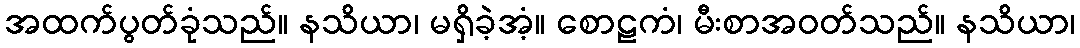
အထက်ပွတ်ခုံသည်။ နသိယာ၊ မရှိခဲ့အံ့။ စောဠကံ၊ မီးစာအဝတ်သည်။ နသိယာ၊